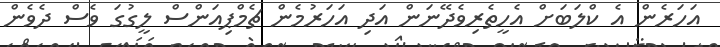
އަހަރެން އެ ކްލަބަށް އެހީތެރިވެދޭނަން އަދި އަހަރުމެން ޗެމްޕިއަންސް ލީގުގަ ވެސް ދެވެން